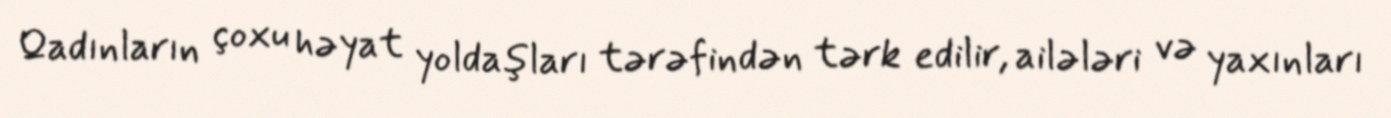
Qadınların çoxu həyat yoldaşları tərəfindən tərk edilir, ailələri və yaxınları